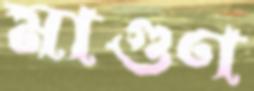
মাগুণ